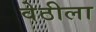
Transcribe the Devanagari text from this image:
वेठीला